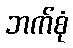
ဘက်စုံ